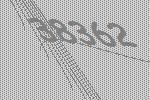
38362